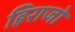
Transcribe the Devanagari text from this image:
हिराजो